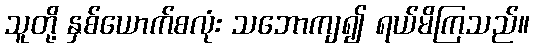
သူတို့ နှစ်ယောက်စလုံး သဘောကျ၍ ရယ်မိကြသည်။